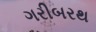
ગરીબરથ